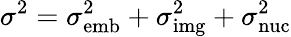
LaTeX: \sigma^{2}=\sigma_{\mathrm{emb}}^{2}+\sigma_{\mathrm{img}}^{2}+\sigma_{\mathrm{nuc}}^{2}